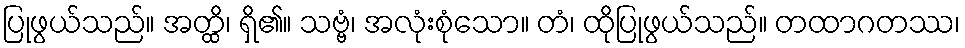
ပြုဖွယ်သည်။ အတ္ထိ၊ ရှိ၏။ သဗ္ဗံ၊ အလုံးစုံသော။ တံ၊ ထိုပြုဖွယ်သည်။ တထာဂတဿ၊